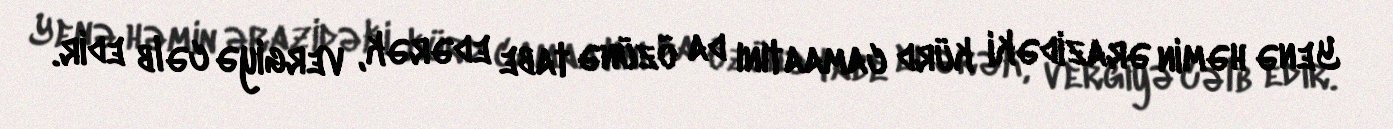
Yenə həmin ərazidəki kürd camaatını da özünə tabe edərək, vergiyə cəlb edir.